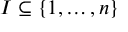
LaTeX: I \subseteq \{ 1 , \ldots , n \}